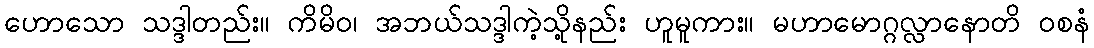
ဟောသော သဒ္ဒါတည်း။ ကိမိဝ၊ အဘယ်သဒ္ဒါကဲ့သို့နည်း ဟူမူကား။ မဟာမောဂ္ဂလ္လာနောတိ ဝစနံ